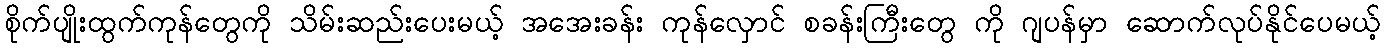
စိုက်ပျိုးထွက်ကုန်တွေကို သိမ်းဆည်းပေးမယ့် အအေးခန်း ကုန်လှောင် စခန်းကြီးတွေ ကို ဂျပန်မှာ ဆောက်လုပ်နိုင်ပေမယ့်